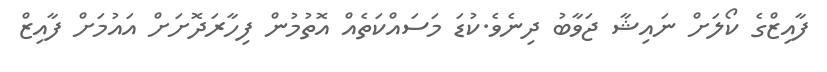
ފާއިޒްގެ ކޯލަށް ނައިޝާ ޖަވާބު ދިނެވެ.ކުޑަ މަސައްކަތެއް އޮތުމުން ފިހާރަދޮށަށް އައުމަށް ފާއިޒް